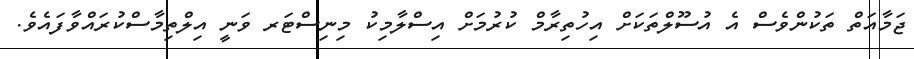
ޖަމާއަތް ތަކުންވެސް އެ އުސޫލްތަކަށް އިހުތިރާމް ކުރުމަށް އިސްލާމިކު މިނިސްޓަރ ވަނީ އިލްތިމާސްކުރައްވާފައެވެ.